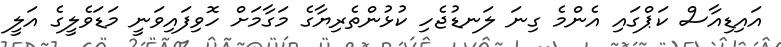
އައިޑިއާސް ކަޕްގައި އެންމެ ގިނަ ލަނޑުޖެހި ކުޅުންތެރިޔާގެ މަގާމަށް ހޮވިފައިވަނީ މަޑަވެލީގެ އަލީ